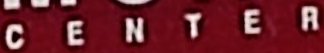
CENTER